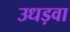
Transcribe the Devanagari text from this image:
उधड़वा